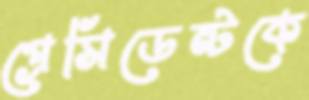
প্রেসিডেন্টকে